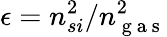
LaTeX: \epsilon=n_{si}^{2}/n_{\mathrm{~g~a~s~}}^{2}